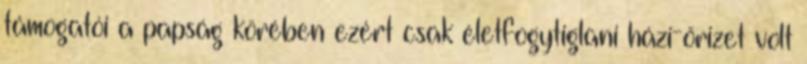
támogatói a papság körében ezért csak életfogytiglani házi-őrizet volt